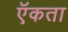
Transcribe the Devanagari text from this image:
ऍकता